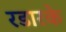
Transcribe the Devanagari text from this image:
रडारके